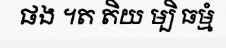
ផង ។ត តិយ ម្បិ ធម្មំ